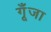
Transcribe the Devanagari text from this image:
गूँजा